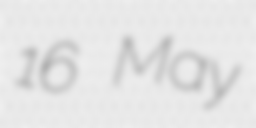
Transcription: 16 May